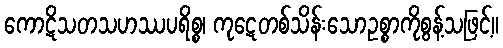
ကောဋိသတသဟဿပရိစ္စ၊ ကုဋေတစ်သိန်းသောဥစ္စာကိုစွန့်သဖြင့်။